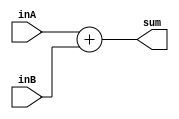
module Adder  #(
    parameter PC_WIDTH = 32
) (
	input      [PC_WIDTH-1:0] inA,
	input      [PC_WIDTH-1:0] inB,
	output  [PC_WIDTH-1:0] sum 
	);
assign sum = inA + inB ; 
endmodule